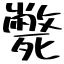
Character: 斃